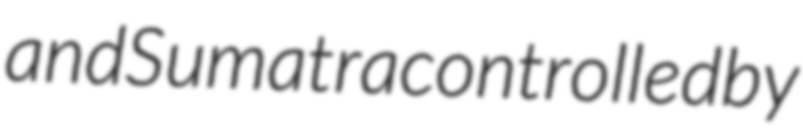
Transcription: and Sumatra controlled by